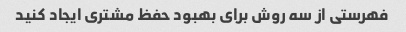
فهرستی از سه روش برای بهبود حفظ مشتری ایجاد کنید